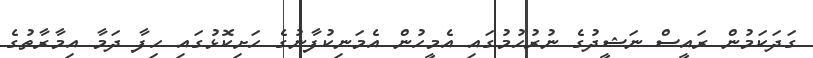
ގަދަކަމުން ރައީސް ނަޝީދުގެ ނުރުހުމުގައި އެމީހުން އެމަނިކުފާނުގެ ހަށިކޮޅުގައި ހިފާ ދަމާ އިމާރާތުގެ